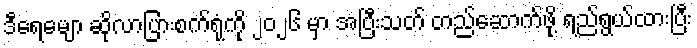
ဒီရေမျော ဆိုလာပြားစက်ရုံကို ၂၀၂၆ မှာ အပြီးသတ် တည်ဆောက်ဖို့ ရည်ရွယ်ထားပြီး